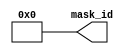
module ctu_jtag_id (/*AUTOARG*/
// Outputs
mask_id
);

output [3:0] mask_id;

parameter [9:1] id3_m = 9'b0;
parameter [9:1] id2_m = 9'b0;
parameter [9:1] id1_m = 9'b0;
parameter [9:1] id0_m = 9'b0;

//        Input layer : metal 1    metal 2    metal 3    metal 4    metal 5    metal 6    metal 7    metal 8    metal 9
assign 	   mask_id[0] = id0_m[1] ^ id0_m[2] ^ id0_m[3] ^ id0_m[4] ^ id0_m[5] ^ id0_m[6] ^ id0_m[7] ^ id0_m[8] ^ id0_m[9];
assign 	   mask_id[1] = id1_m[1] ^ id1_m[2] ^ id1_m[3] ^ id1_m[4] ^ id1_m[5] ^ id1_m[6] ^ id1_m[7] ^ id1_m[8] ^ id1_m[9];
assign 	   mask_id[2] = id2_m[1] ^ id2_m[2] ^ id2_m[3] ^ id2_m[4] ^ id2_m[5] ^ id2_m[6] ^ id2_m[7] ^ id2_m[8] ^ id2_m[9];
assign 	   mask_id[3] = id3_m[1] ^ id3_m[2] ^ id3_m[3] ^ id3_m[4] ^ id3_m[5] ^ id3_m[6] ^ id3_m[7] ^ id3_m[8] ^ id3_m[9];

endmodule